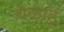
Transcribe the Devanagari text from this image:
येळाडू